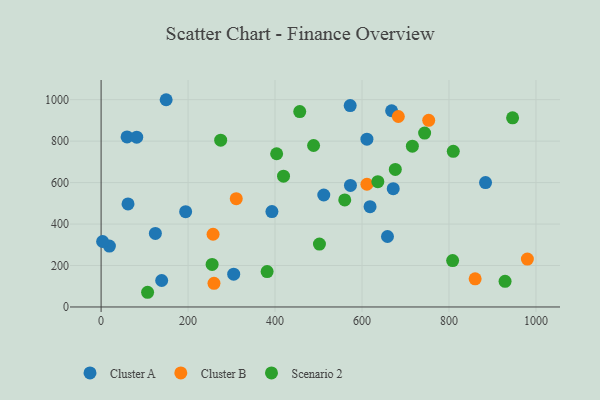
{"axis": {"x": "Speed", "y": "Fuel Efficiency"}, "legend": ["Cluster A", "Cluster B", "Scenario 2"], "data": [{"x": "61.9", "y": 496.9, "type": "Cluster A"}, {"x": "884.1", "y": 600.0, "type": "Cluster A"}, {"x": "124.8", "y": 354.8, "type": "Cluster A"}, {"x": "658.6", "y": 339.9, "type": "Cluster A"}, {"x": "19.1", "y": 293.8, "type": "Cluster A"}, {"x": "573.4", "y": 586.2, "type": "Cluster A"}, {"x": "512.1", "y": 540.1, "type": "Cluster A"}, {"x": "668.1", "y": 946.4, "type": "Cluster A"}, {"x": "194.4", "y": 459.6, "type": "Cluster A"}, {"x": "304.9", "y": 158.4, "type": "Cluster A"}, {"x": "149.6", "y": 999.7, "type": "Cluster A"}, {"x": "572.8", "y": 971.3, "type": "Cluster A"}, {"x": "671.8", "y": 570.7, "type": "Cluster A"}, {"x": "611.3", "y": 809.4, "type": "Cluster A"}, {"x": "392.8", "y": 460.4, "type": "Cluster A"}, {"x": "59.7", "y": 820.2, "type": "Cluster A"}, {"x": "3.5", "y": 315.8, "type": "Cluster A"}, {"x": "81.9", "y": 818.9, "type": "Cluster A"}, {"x": "618.5", "y": 483.6, "type": "Cluster A"}, {"x": "139.3", "y": 127.7, "type": "Cluster A"}, {"x": "860.2", "y": 136.0, "type": "Cluster B"}, {"x": "683.5", "y": 918.8, "type": "Cluster B"}, {"x": "611.3", "y": 591.9, "type": "Cluster B"}, {"x": "980.3", "y": 230.9, "type": "Cluster B"}, {"x": "753.4", "y": 900.1, "type": "Cluster B"}, {"x": "259.6", "y": 113.9, "type": "Cluster B"}, {"x": "257.5", "y": 350.8, "type": "Cluster B"}, {"x": "310.8", "y": 522.5, "type": "Cluster B"}, {"x": "381.8", "y": 170.9, "type": "Scenario 2"}, {"x": "676.6", "y": 663.4, "type": "Scenario 2"}, {"x": "456.8", "y": 942.6, "type": "Scenario 2"}, {"x": "744.0", "y": 838.9, "type": "Scenario 2"}, {"x": "275.0", "y": 804.7, "type": "Scenario 2"}, {"x": "255.3", "y": 205.0, "type": "Scenario 2"}, {"x": "419.5", "y": 631.0, "type": "Scenario 2"}, {"x": "929.0", "y": 123.5, "type": "Scenario 2"}, {"x": "809.9", "y": 750.9, "type": "Scenario 2"}, {"x": "106.9", "y": 70.9, "type": "Scenario 2"}, {"x": "946.3", "y": 912.4, "type": "Scenario 2"}, {"x": "560.3", "y": 516.4, "type": "Scenario 2"}, {"x": "488.6", "y": 779.0, "type": "Scenario 2"}, {"x": "403.7", "y": 739.1, "type": "Scenario 2"}, {"x": "715.8", "y": 775.6, "type": "Scenario 2"}, {"x": "636.4", "y": 604.2, "type": "Scenario 2"}, {"x": "808.4", "y": 223.9, "type": "Scenario 2"}, {"x": "502.1", "y": 303.4, "type": "Scenario 2"}]}